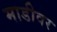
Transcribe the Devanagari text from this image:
माडीवर